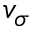
v _ { \sigma }